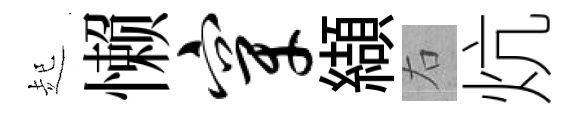
起懒穿纈右炕